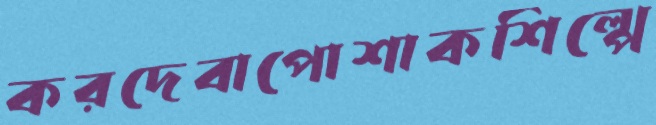
করদেবাপোশাকশিল্পে